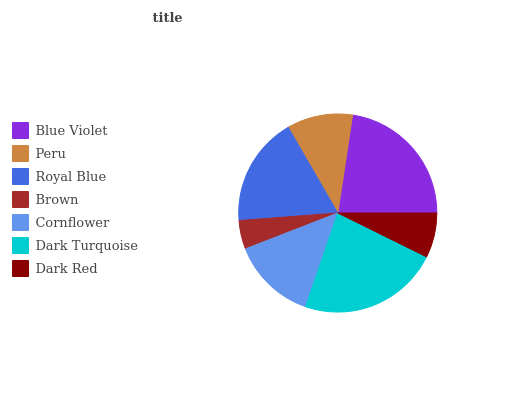
| Blue Violet | Peru | Royal Blue | Brown | Cornflower | Dark Turquoise | Dark Red |
 | --- | --- | --- | --- | --- | --- | --- |
 | 22.6% | 10.7% | 17.8% | 4.68% | 13.9% | 22.9% | 7.31% |